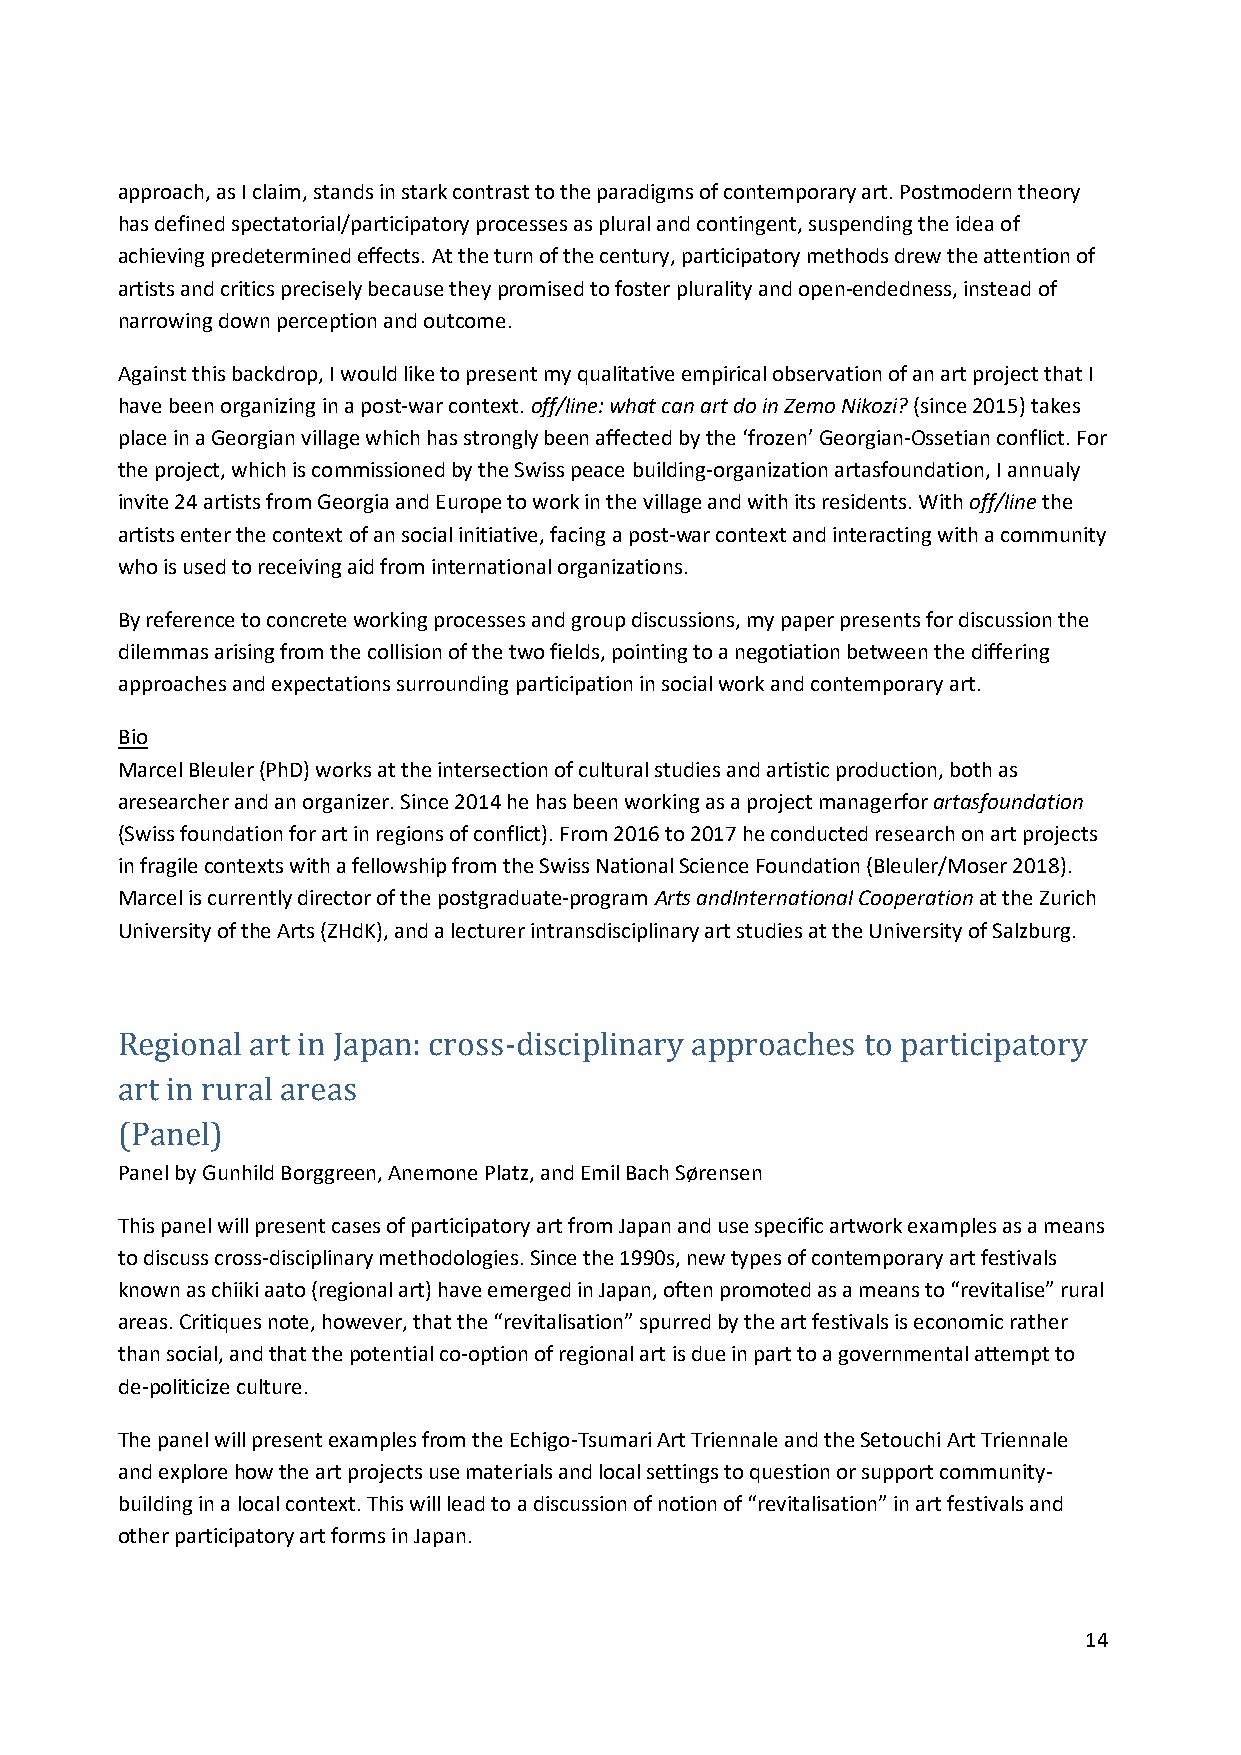
approach, as I claim, stands in stark contrast to the paradigms of contemporary art. Postmodern theory
 has defined spectatorial/participatory processes as plural and contingent, suspending the idea of
 achieving predetermined effects. At the turn of the century, participatory methods drew the attention of
 artists and critics precisely because they promised to foster plurality and open-endedness, instead of
 narrowing down perception and outcome.
 Against this backdrop, I would like to present my qualitative empirical observation of an art project that I
 have been organizing in a post-war context. off/line: what can art do in Zemo Nikozi? (since 2015) takes
 place in a Georgian village which has strongly been affected by the ‘frozen’ Georgian-Ossetian conflict. For
 the project, which is commissioned by the Swiss peace building-organization artasfoundation, I annualy
 invite 24 artists from Georgia and Europe to work in the village and with its residents. With off/line the
 artists enter the context of an social initiative, facing a post-war context and interacting with a community
 who is used to receiving aid from international organizations.
 By reference to concrete working processes and group discussions, my paper presents for discussion the
 dilemmas arising from the collision of the two fields, pointing to a negotiation between the differing
 approaches and expectations surrounding participation in social work and contemporary art.
 Bio
 Marcel Bleuler (PhD) works at the intersection of cultural studies and artistic production, both as
 aresearcher and an organizer. Since 2014 he has been working as a project managerfor artasfoundation
 (Swiss foundation for art in regions of conflict). From 2016 to 2017 he conducted research on art projects
 in fragile contexts with a fellowship from the Swiss National Science Foundation (Bleuler/Moser 2018).
 Marcel is currently director of the postgraduate-program Arts andInternational Cooperation at the Zurich
 University of the Arts (ZHdK), and a lecturer intransdisciplinary art studies at the University of Salzburg.
 Regional art in Japan: cross-disciplinary approaches to participatory
 art in rural areas
 Panel by Gunhild Borggreen, Anemone Platz, and Emil Bach Sørensen
 (Panel)
 This panel will present cases of participatory art from Japan and use specific artwork examples as a means
 to discuss cross-disciplinary methodologies. Since the 1990s, new types of contemporary art festivals
 known as chiiki aato (regional art) have emerged in Japan, often promoted as a means to “revitalise” rural
 areas. Critiques note, however, that the “revitalisation” spurred by the art festivals is economic rather
 than social, and that the potential co-option of regional art is due in part to a governmental attempt to
 de-politicize culture.
 The panel will present examples from the Echigo-Tsumari Art Triennale and the Setouchi Art Triennale
 and explore how the art projects use materials and local settings to question or support community-
 building in a local context. This will lead to a discussion of notion of “revitalisation” in art festivals and
 other participatory art forms in Japan.
 14